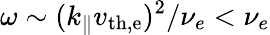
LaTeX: \omega\sim(k_{\parallel}v_{\mathrm{th,e}})^{2}/\nu_{e}<\nu_{e}